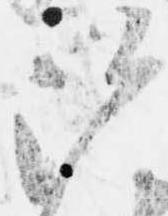
沙